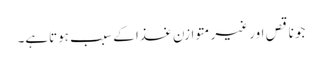
جو ناقص اور غیر متوازن غذا کے سبب ہوتاہے۔